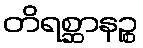
တိရစ္ဆာနဉ္စ